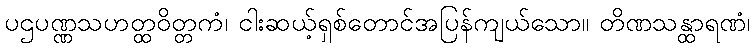
ပဌပဏ္ဏသဟတ္ထဝိတ္တကံ၊ ငါးဆယ့်ရှစ်တောင်အပြန်ကျယ်သော။ တိဏသန္ထာရဏံ၊